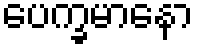
ပေက္ခမာနော